NAE_ERA_R-2632_ENSV_TA_Emakeele_Selts_1945-1955, lk 113
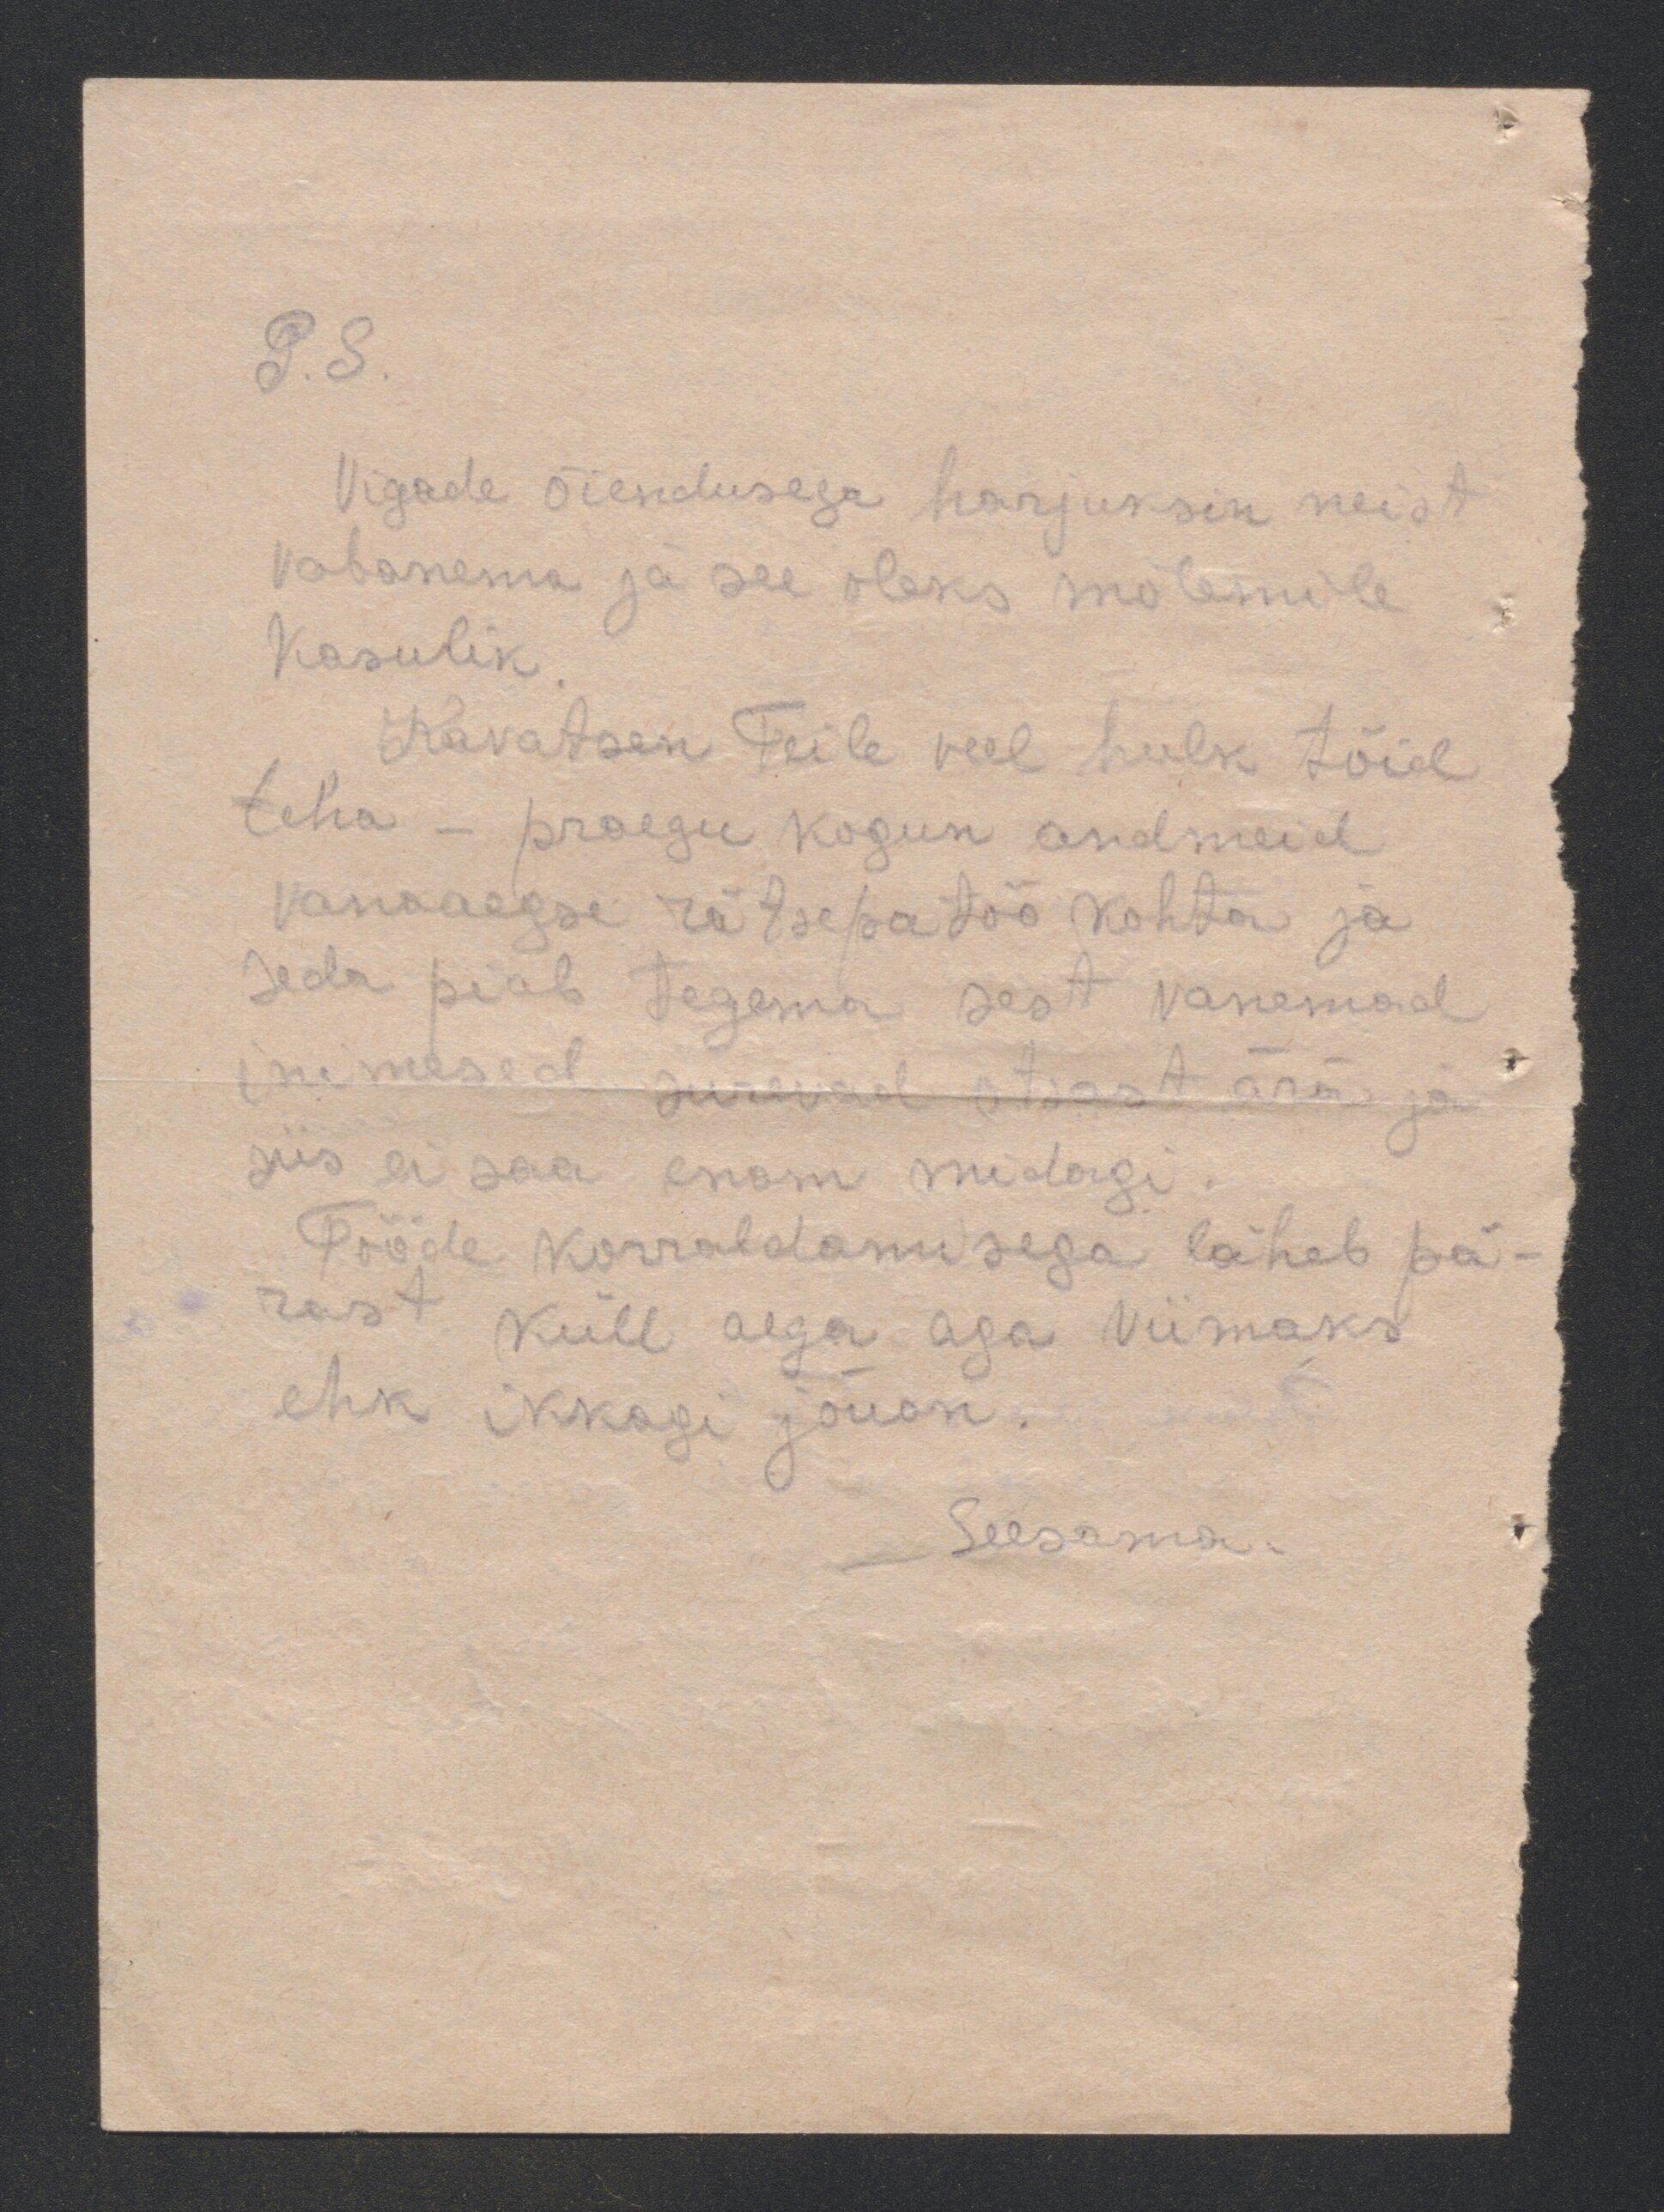
P.S.
Vigade õiendusega harjuksin neist
vabanema ja see oleks mõlemile
kasulik
Kavatsesin Teile veel hulk tõid
teha - praegu kogun andmeid
vanaaegse rätsepatöö kohta ja
seda peab tegema sest vanemad
inimesed surevad otsast ära ja
siis ei saa enam midagi.
Tööde korraldamisega läheb pä-
rast küll aega aga viimaks
ehk ikkagi jõuan.
Seesama.